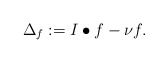
\begin{align*} \Delta_f:=I\bullet f-\nu f.\end{align*}